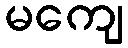
မကျေ